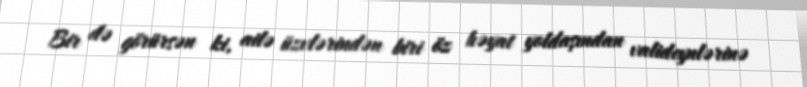
Bir də görürsən ki, ailə üzvlərindən biri öz həyat yoldaşından valideynlərinə